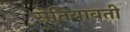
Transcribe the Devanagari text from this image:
सेतियावती